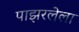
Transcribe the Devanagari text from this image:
पाझरलेला